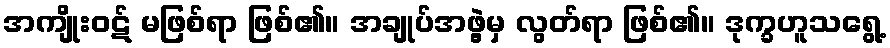
အကျိုးဝဋ် မဖြစ်ရာ ဖြစ်၏။ အချုပ်အဖွဲ့မှ လွတ်ရာ ဖြစ်၏။ ဒုက္ခဟူသရွေ့